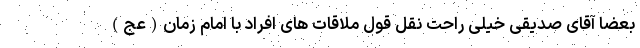
بعضا آقای صدیقی خیلی راحت نقل قول ملاقات های افراد با امام زمان(عج)